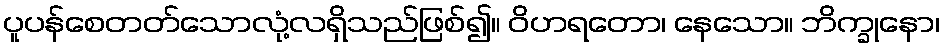
ပူပန်စေတတ်သောလုံ့လရှိသည်ဖြစ်၍။ ဝိဟရတော၊ နေသော။ ဘိက္ခုနော၊